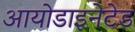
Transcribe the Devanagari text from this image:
आयोडाइनेटेड